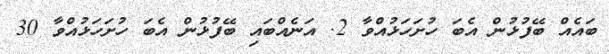
ބައެއް ބޭފުޅުން އެބަ ހުށަހަޅުއްވާ 2. އަނެއްބައި ބޭފުޅުން އެބަ ހުށަހަޅުއްވާ 30